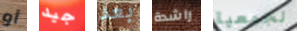
أو جيد بعد راشدة لجمعية